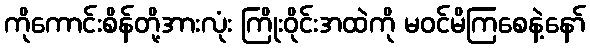
ကိုကောင်းစိန်တို့အားလုံး ကြိုးဝိုင်းအထဲကို မဝင်မိကြစေနဲ့နော်